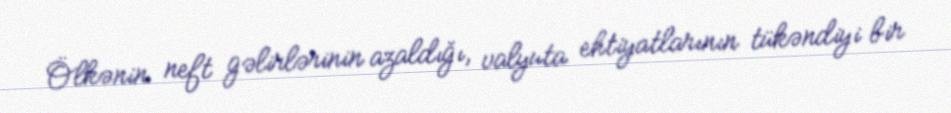
Ölkənin neft gəlirlərinin azaldığı, valyuta ehtiyatlarının tükəndiyi bir